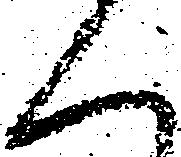
く